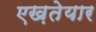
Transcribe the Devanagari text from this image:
एख़तेयार